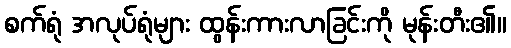
စက်ရုံ အလုပ်ရုံများ ထွန်းကားလာခြင်းကို မုန်းတီး၏။